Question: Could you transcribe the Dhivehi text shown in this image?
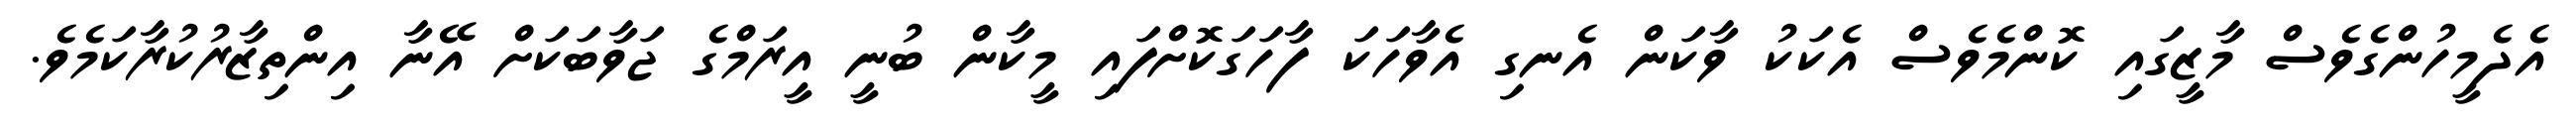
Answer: އެދެމީހުންގެވެސް މާޒީގައި ކޮންމެވެސް އެކަކު ވާކަން އެނގި އެވާހަކަ ފާހަގަކޮށްފައި މީކާން ބުނީ އީރަމްގެ ޖަވާބަކަށް އޭނާ އިންތިޒާރުކުރާކަމެވެ.